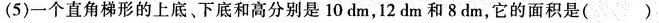
(5)一个直角梯形的上底、下底和高分别是10dm，12dm和8dm，它的面积是( )